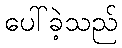
ပေါ်ခဲ့သည်